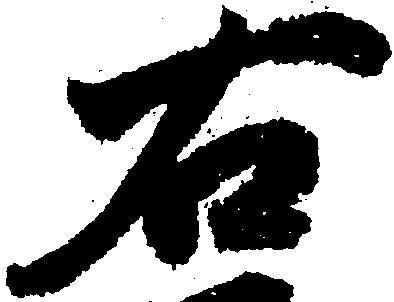
右